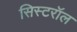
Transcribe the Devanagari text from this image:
सिस्टरॉल